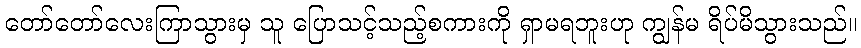
တော်တော်လေးကြာသွားမှ သူ ပြောသင့်သည့်စကားကို ရှာမရဘူးဟု ကျွန်မ ရိပ်မိသွားသည်။